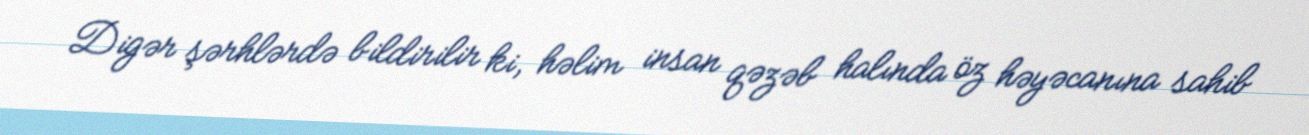
Digər şərhlərdə bildirilir ki, həlim insan qəzəb halında öz həyəcanına sahib